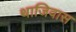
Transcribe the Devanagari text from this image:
थाजिवास